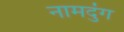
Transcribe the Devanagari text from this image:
नामदुंग